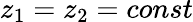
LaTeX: z_{1}=z_{2}=const